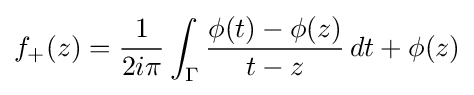
f_{+}(z)={1 \over 2i\pi }\int _{\Gamma }{\phi (t)-\phi (z) \over {t-z}}\,dt+\phi (z)